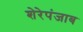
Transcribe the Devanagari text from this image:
शेरेपंजाब